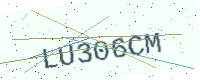
Text: LU306CM